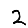
Digit: 2